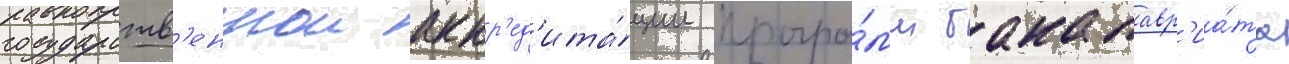
государств'еннои аккр'ед'ита́ции програ́мм бакалавр'иа́та